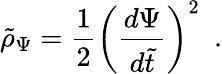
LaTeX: \tilde{\rho}_{\Psi}={\frac{1}{2}}\left({\frac{d\Psi}{d\tilde{t}}}\right)^{2}\ \ .